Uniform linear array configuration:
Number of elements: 8
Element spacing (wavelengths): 1
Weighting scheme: uniform
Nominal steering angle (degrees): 60
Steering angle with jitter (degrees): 60.399
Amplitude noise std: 0.05
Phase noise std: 0.05

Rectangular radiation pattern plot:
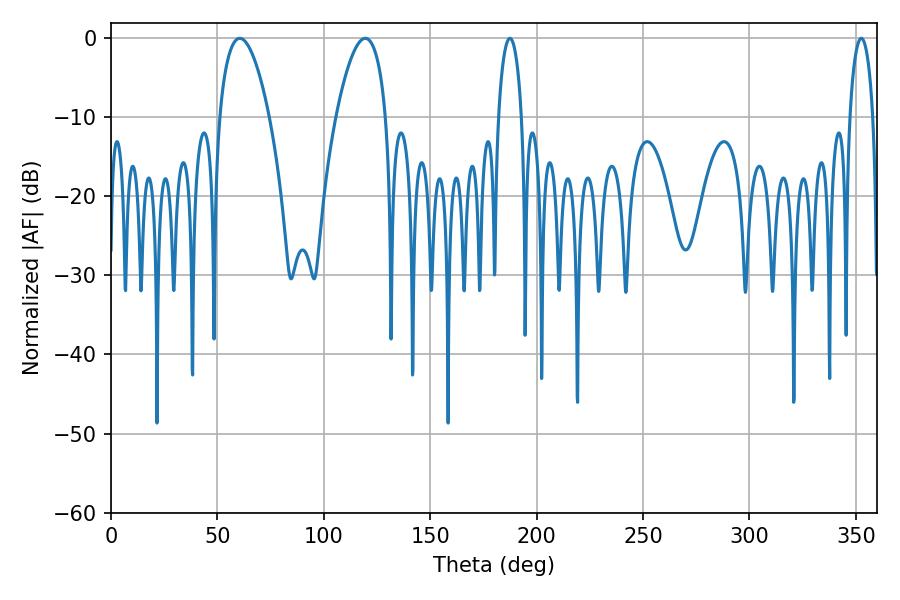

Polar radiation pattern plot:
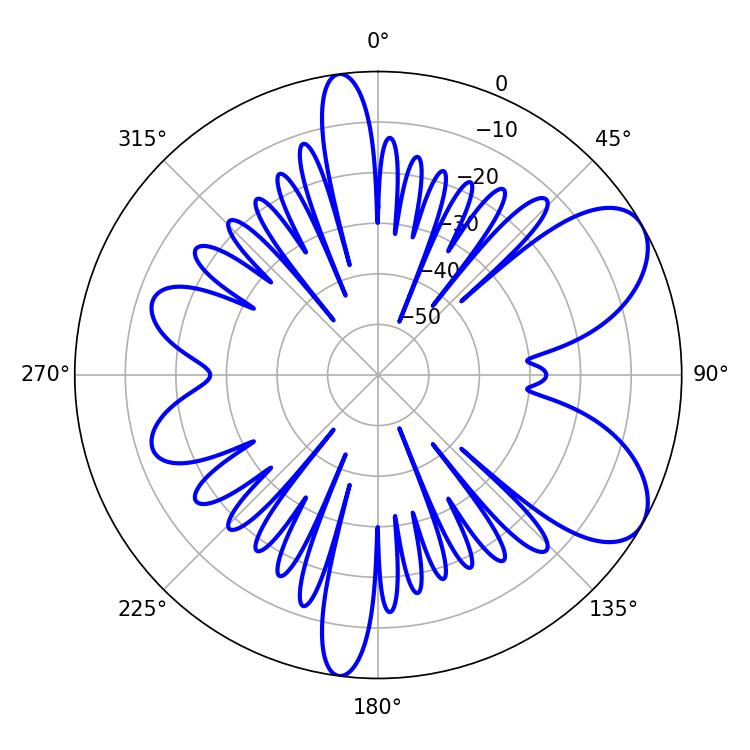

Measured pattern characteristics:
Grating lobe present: TRUE
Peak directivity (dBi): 7.287
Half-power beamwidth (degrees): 12.96
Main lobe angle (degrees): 60.48